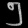
Digit: ၅